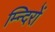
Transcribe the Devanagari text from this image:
म्न्दिरों